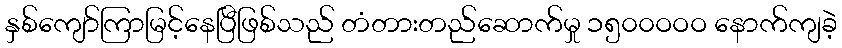
နှစ်ကျော်ကြာမြင့်နေပြီဖြစ်သည် တံတားတည်ဆောက်မှု ၁၅၀၀ဝဝဝ နောက်ကျခဲ့